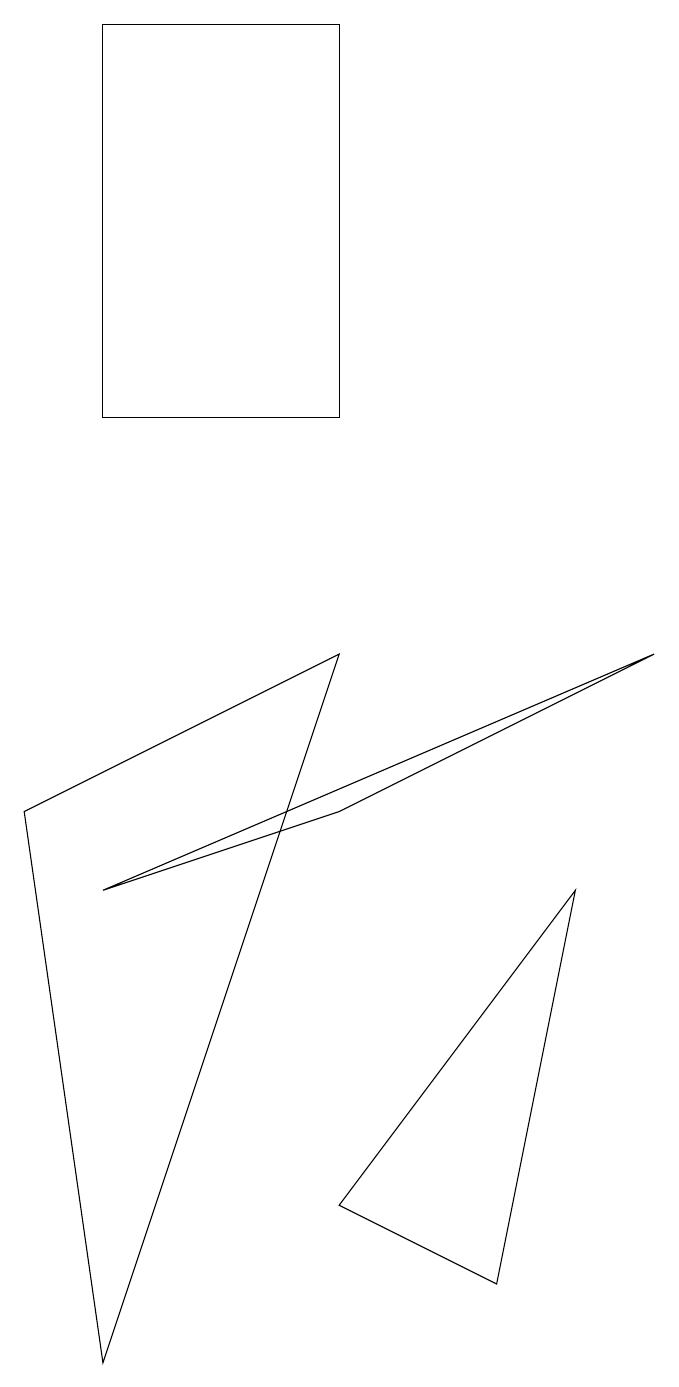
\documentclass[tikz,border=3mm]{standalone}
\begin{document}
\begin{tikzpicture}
\draw (2,0) -- (5,9) -- (1,7) -- cycle;
\draw (9,9) -- (2,6) -- (5,7) -- cycle;
\draw (2,17) rectangle (5,12);
\draw (8,6) -- (5,2) -- (7,1) -- cycle;
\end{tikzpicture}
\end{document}